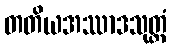
တတိယအဿာဒသုတ္တံ